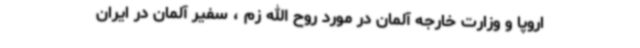
اروپا و وزارت خارجه آلمان در مورد روح الله زم ، سفیر آلمان در ایران